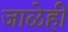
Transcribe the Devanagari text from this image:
जाळेही